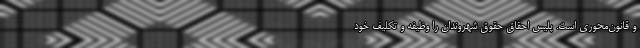
و قانون‌محوری است. پلیس احقاق حقوق شهروندان را وظیفه و تکلیف خود